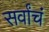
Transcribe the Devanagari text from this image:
सर्वांचं